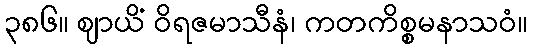
၃၈၆။ ဈာယိံ ဝိရဇမာသီနံ၊ ကတကိစ္စမနာသဝံ။